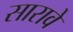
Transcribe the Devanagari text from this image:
सारावे